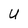
Character: u